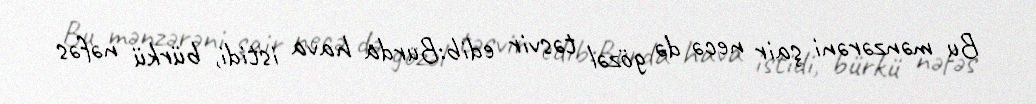
Bu mənzərəni şair necə də gözəl təsvir edib:Burda hava istidi, bürkü nəfəs